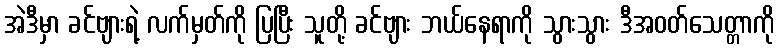
အဲဒီမှာ ခင်ဗျားရဲ့ လက်မှတ်ကို ပြပြီး သူတို့ ခင်ဗျား ဘယ်နေရာကို သွားသွား ဒီအဝတ်သေတ္တာကို